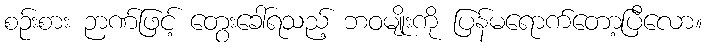
စဉ်းစား ဉာဏ်ဖြင့် တွေးခေါ်ရသည့် ဘဝမျိုးကို ပြန်မရောက်တော့ပြီလော။